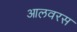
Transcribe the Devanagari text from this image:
आलवरस